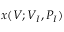
x ( V ; V _ { I } , P _ { I } )